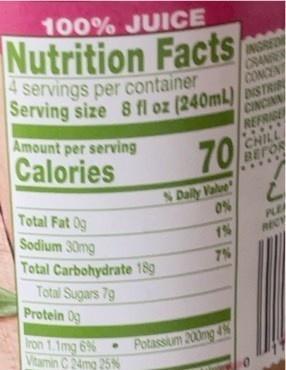
100% JUICE
Nutrition Facts
4 servings per container
INGRED CRAN CONCEN
Serving size 8 fl oz (240mL) DISTR CINCINN REFRIGE
Amount per serving
Calories
70
CHILL BEFOR
N Daily Valve 0%
Total Fat 0g Sodium 30mg Total Carbohydrate 18g Total Sugars 7g Protein 0g
PLE RECY
1%
7%
Iron 1.1mg 6% Vitamin C 24mg 25%
Potassim 200mg 4%